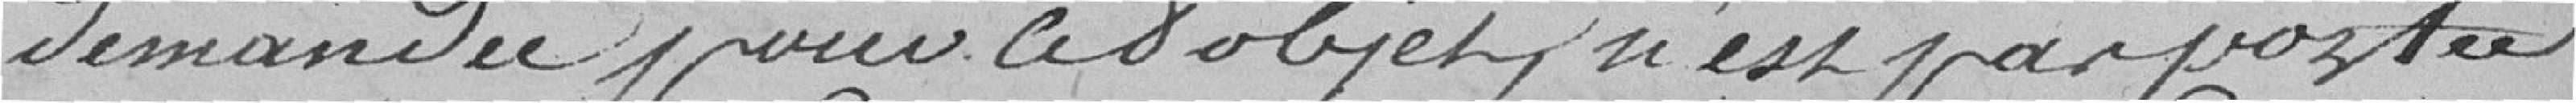
demandée pour cet objet n'est pas portée